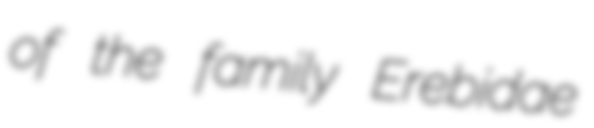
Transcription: of the family Erebidae